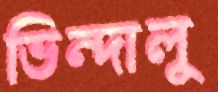
ভিন্দালু